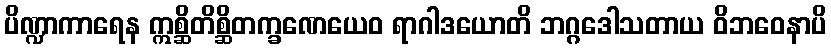
ပိဏ္ဍာကာရေန ဣစ္ဆိတိစ္ဆိတက္ခဏေယေဝ ရာဂါဒယောတိ ဘဂ္ဂဒေါသတာယ ဝိဘဝေနာပိ